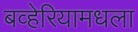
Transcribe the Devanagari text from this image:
बव्हेरियामधला